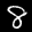
Label: 8